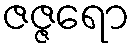
ဇဇ္ဇရော